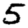
Digit: 5